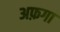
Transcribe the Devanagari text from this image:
अफ़गा